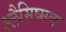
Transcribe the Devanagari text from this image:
श्लैमिष्मक